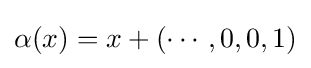
\alpha (x)=x+(\cdots ,0,0,1)